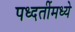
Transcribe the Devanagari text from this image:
पध्दतींमध्ये